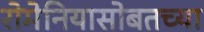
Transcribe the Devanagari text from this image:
रोमेनियासोबतच्या